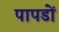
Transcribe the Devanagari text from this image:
पापडों